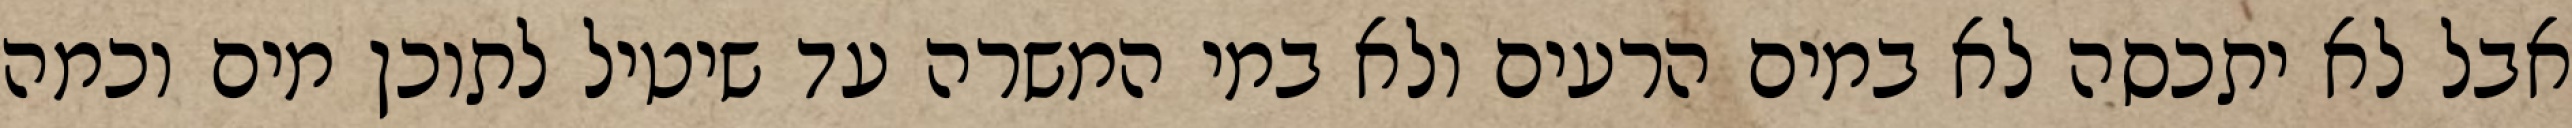
אבל לא יתכסה לא במים הרעים ולא במי המשרה עד שיטיל לתוכן מים וכמה